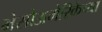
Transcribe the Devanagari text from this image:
मेसोअमेरिकेच्या